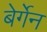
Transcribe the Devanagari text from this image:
बेर्गेन